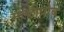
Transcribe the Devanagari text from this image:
मल्टीप्रोब